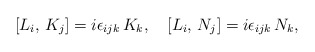
\begin{align*}[L_i,\,K_j]=i\epsilon_{ijk}\,K_k,\quad [L_i,\,N_j]=i\epsilon_{ijk}\,N_k,\end{align*}